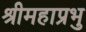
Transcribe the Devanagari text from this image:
श्रीमहाप्रभु